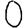
Digit: 0